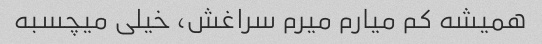
همیشه کم میارم میرم سراغش، خیلی میچسبه